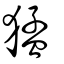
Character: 猛